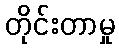
တိုင်းတာမှု